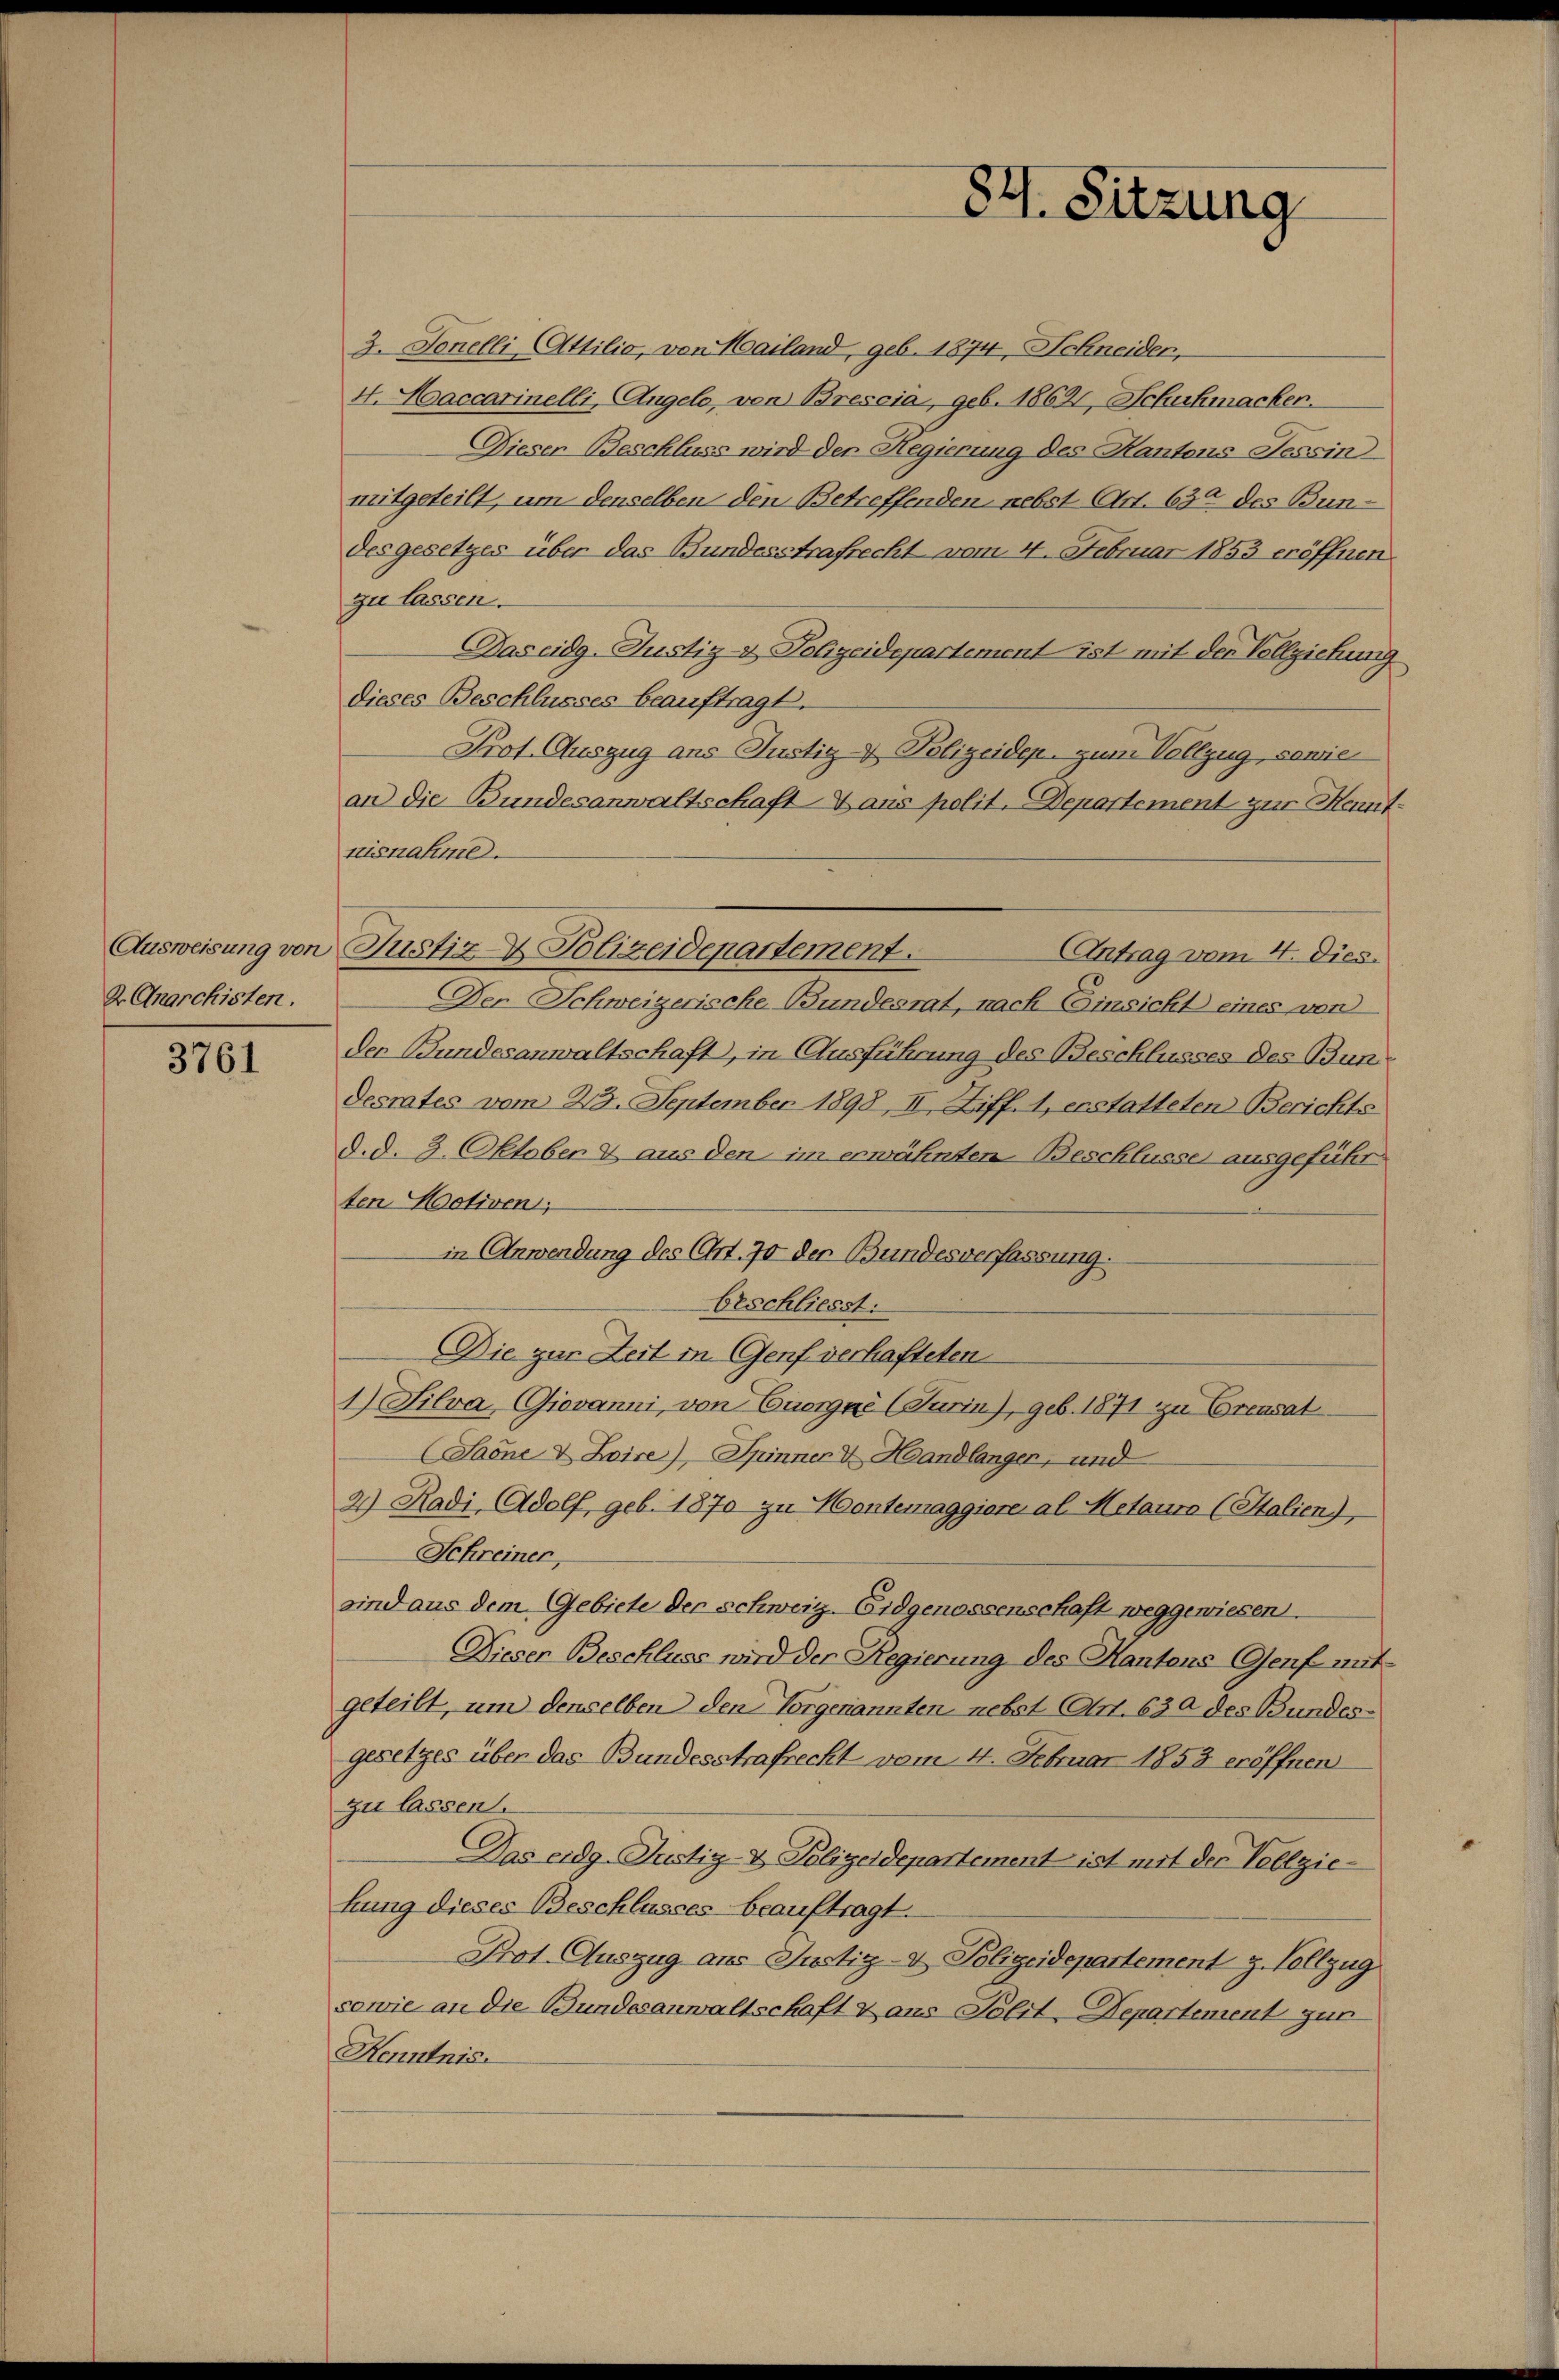
2 Anarchisten.

3761

84. Sitzung

3. Sonelli (Attilio, von Hailand, geb. 1874, Schneider,
4. Maccarinelli, Angelo, von Brescia, geb. 1862, Schuhmacker.
Diesen Beschluss wird der Regierung des Kantons Tessin
mitgeteilt, um denselben den Betreffenden nebst Art. 630 des Bundesgesetzes über das Bundesstrafrecht vom 4. Februar 1853 eröffnen
zu lassen.
Daseidg.Justiz & Polizeidepartement ist mit der Vollziehung
dieses Beschlusses beauftragt.
Prof. Auszug aus Justiz- Polizeidep. zum Vollzug, sowie
an die Bundesanwaltschaft Haus polit. Departement zur Hennt
nisnahme.
Ausweisung von Justiz- & Polizeidenartement.
Der Schweizerische Bundesrat, nach Einsicht eines von
der Bundesanwaltschaft, in Ausführung des Beschlusses des Bun
desrates vom 28. September 1898, II. Ziff. 1, erstatteten Berichts
d.d. 3. Oktoben & aus den im erwähnten Beschlüsse ausgeführ
ten Motiven,
in Anwendung des Art. 70 der Bundesverfassung.
beschliesst:
Die zur Zeit in Genf verhafteten
1) Silva Giovanni, von Cuorgas (Turin), geb. 1871 zu Crcusat
aone & Loise), Spinner v. Handlanger, und
2) Radi, Adolf, geb. 1870 zu Hontemaggiore al Metaura (Italien),
Schreiner,
sind aus dem Gebiete der schweiz. Eidgenossenschaft weggewiesen.
Diesen Beschluss wird der Regierung des Kantons Genf mit
geteilt, um denselben den Vorgenannten nebst Art. 630 des Bundesgesetzes über das Bundesstrafrecht vom 4. Februar 1853 eröffnen
zu lassen.
Das eidg.Justiz- & Polizeidepartement ist mit der Vollziehung dieses Beschlusses beauftragt.
Prot. Auszug aus Justiz- & Polizeidepartement z. Vollzug
sowie an die Bundesanwaltschaft & aus Polit-Departement zur
Kenntnis

(Antrag vom 4. Dies